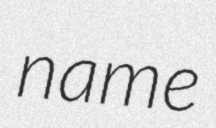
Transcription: name